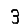
Digit: 3